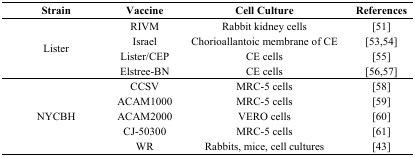
| Strain | Vaccine | Cell Culture | References |
 | --- | --- | --- | --- |
 | <ROWSPAN=4> Lister | RIVM | Rabbit kidney cells | [51] |
 | Israel | Chorioallantoic membrane of CE | [53,54] |
 | Lister/CEP | CE cells | [55] |
 | Elstree-BN | CE cells | [56,57] |
 | <ROWSPAN=5> NYCBH | CCSV | MRC-5 cells | [58] |
 | ACAM1000 | MRC-5 cells | [59] |
 | ACAM2000 | VERO cells | [60] |
 | CJ-50300 | MRC-5 cells | [61] |
 | WR | Rabbits, mice, cell cultures | [43] |